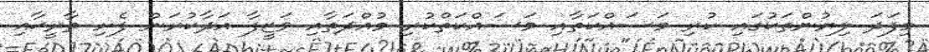
މިފަދަ ލިޔުންތަކުގައި ކުރި މަސައްކަތާއި މަސައްކަތްކުރި މުއްދަތާއި ވަޒީފާ އަދާކުރަން ފެށި ތާރީޚާއި